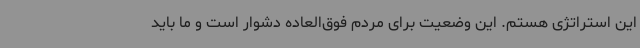
این استراتژی هستم. این وضعیت برای مردم فوق‌العاده دشوار است و ما باید